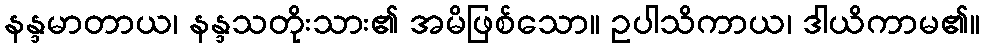
နန္ဒမာတာယ၊ နန္ဒသတိုးသား၏ အမိဖြစ်သော။ ဥပါသိကာယ၊ ဒါယိကာမ၏။